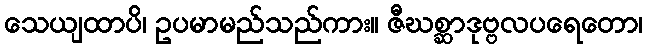
သေယျထာပိ၊ ဥပမာမည်သည်ကား။ ဇီဃစ္ဆာဒုဗ္ဗလပရေတော၊